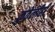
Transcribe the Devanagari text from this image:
कुठेलीही